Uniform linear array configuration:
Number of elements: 24
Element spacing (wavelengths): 0.25
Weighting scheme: cosine
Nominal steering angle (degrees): -30
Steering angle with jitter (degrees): -30.302
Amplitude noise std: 0.05
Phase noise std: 0.05

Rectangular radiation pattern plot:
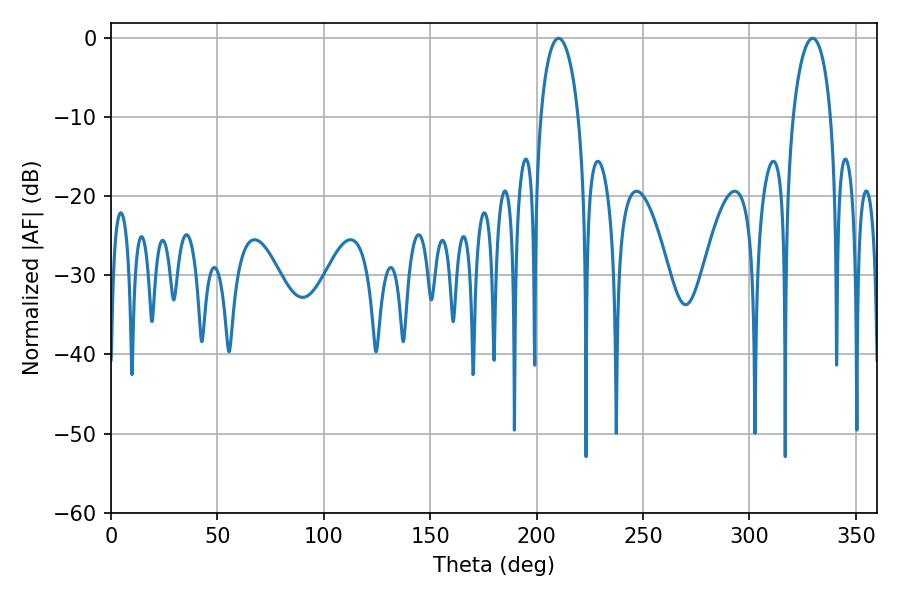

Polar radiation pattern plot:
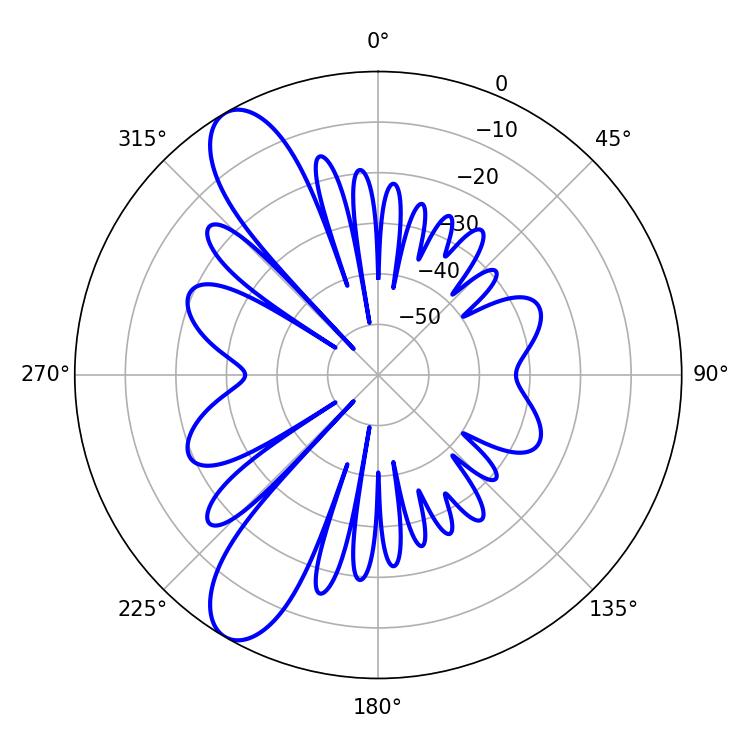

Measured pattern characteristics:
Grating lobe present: FALSE
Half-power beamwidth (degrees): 10.08
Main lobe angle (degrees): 210.24